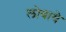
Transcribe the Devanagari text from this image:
लोबाये